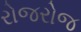
રોજરોજ